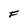
Character: F